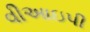
વીઆઇપી